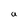
Character: a